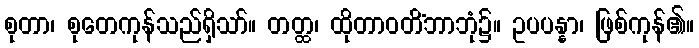
စုတာ၊ စုတေကုန်သည်ရှိသာ်။ တတ္ထ၊ ထိုတာဝတိံဘာဘုံ၌။ ဥပပန္နာ၊ ဖြစ်ကုန်၏။